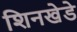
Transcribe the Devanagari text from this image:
शिनखेडे